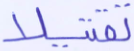
تقتيلا